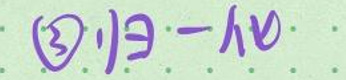
\textcircled {3}归一化